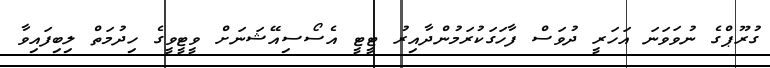
ގުރޫޕްގެ ނުވަވަނަ އަހަރީ ދުވަސް ފާހަގަކުރަމުންދާއިރު ޓީޓީ އެސޯސިއޭޝަނަށް ވީޓީވީގެ ހިދުމަތް ލިބިފައިވާ